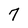
Character: 7